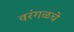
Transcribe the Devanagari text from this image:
वरंगळचे